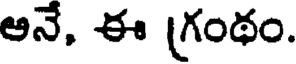
అనే, ఈ (గంథం.